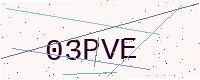
Text: 03PVE